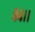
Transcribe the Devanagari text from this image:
८४।।